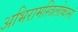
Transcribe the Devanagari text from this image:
अभिरामस्त्रिलोकानां